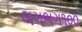
લગભગ૧૦૦